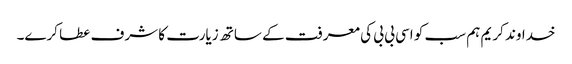
خداوند کریم ہم سب کو اسی بی بی کی معرفت کے ساتھ زیارت کا شرف عطا کرے۔